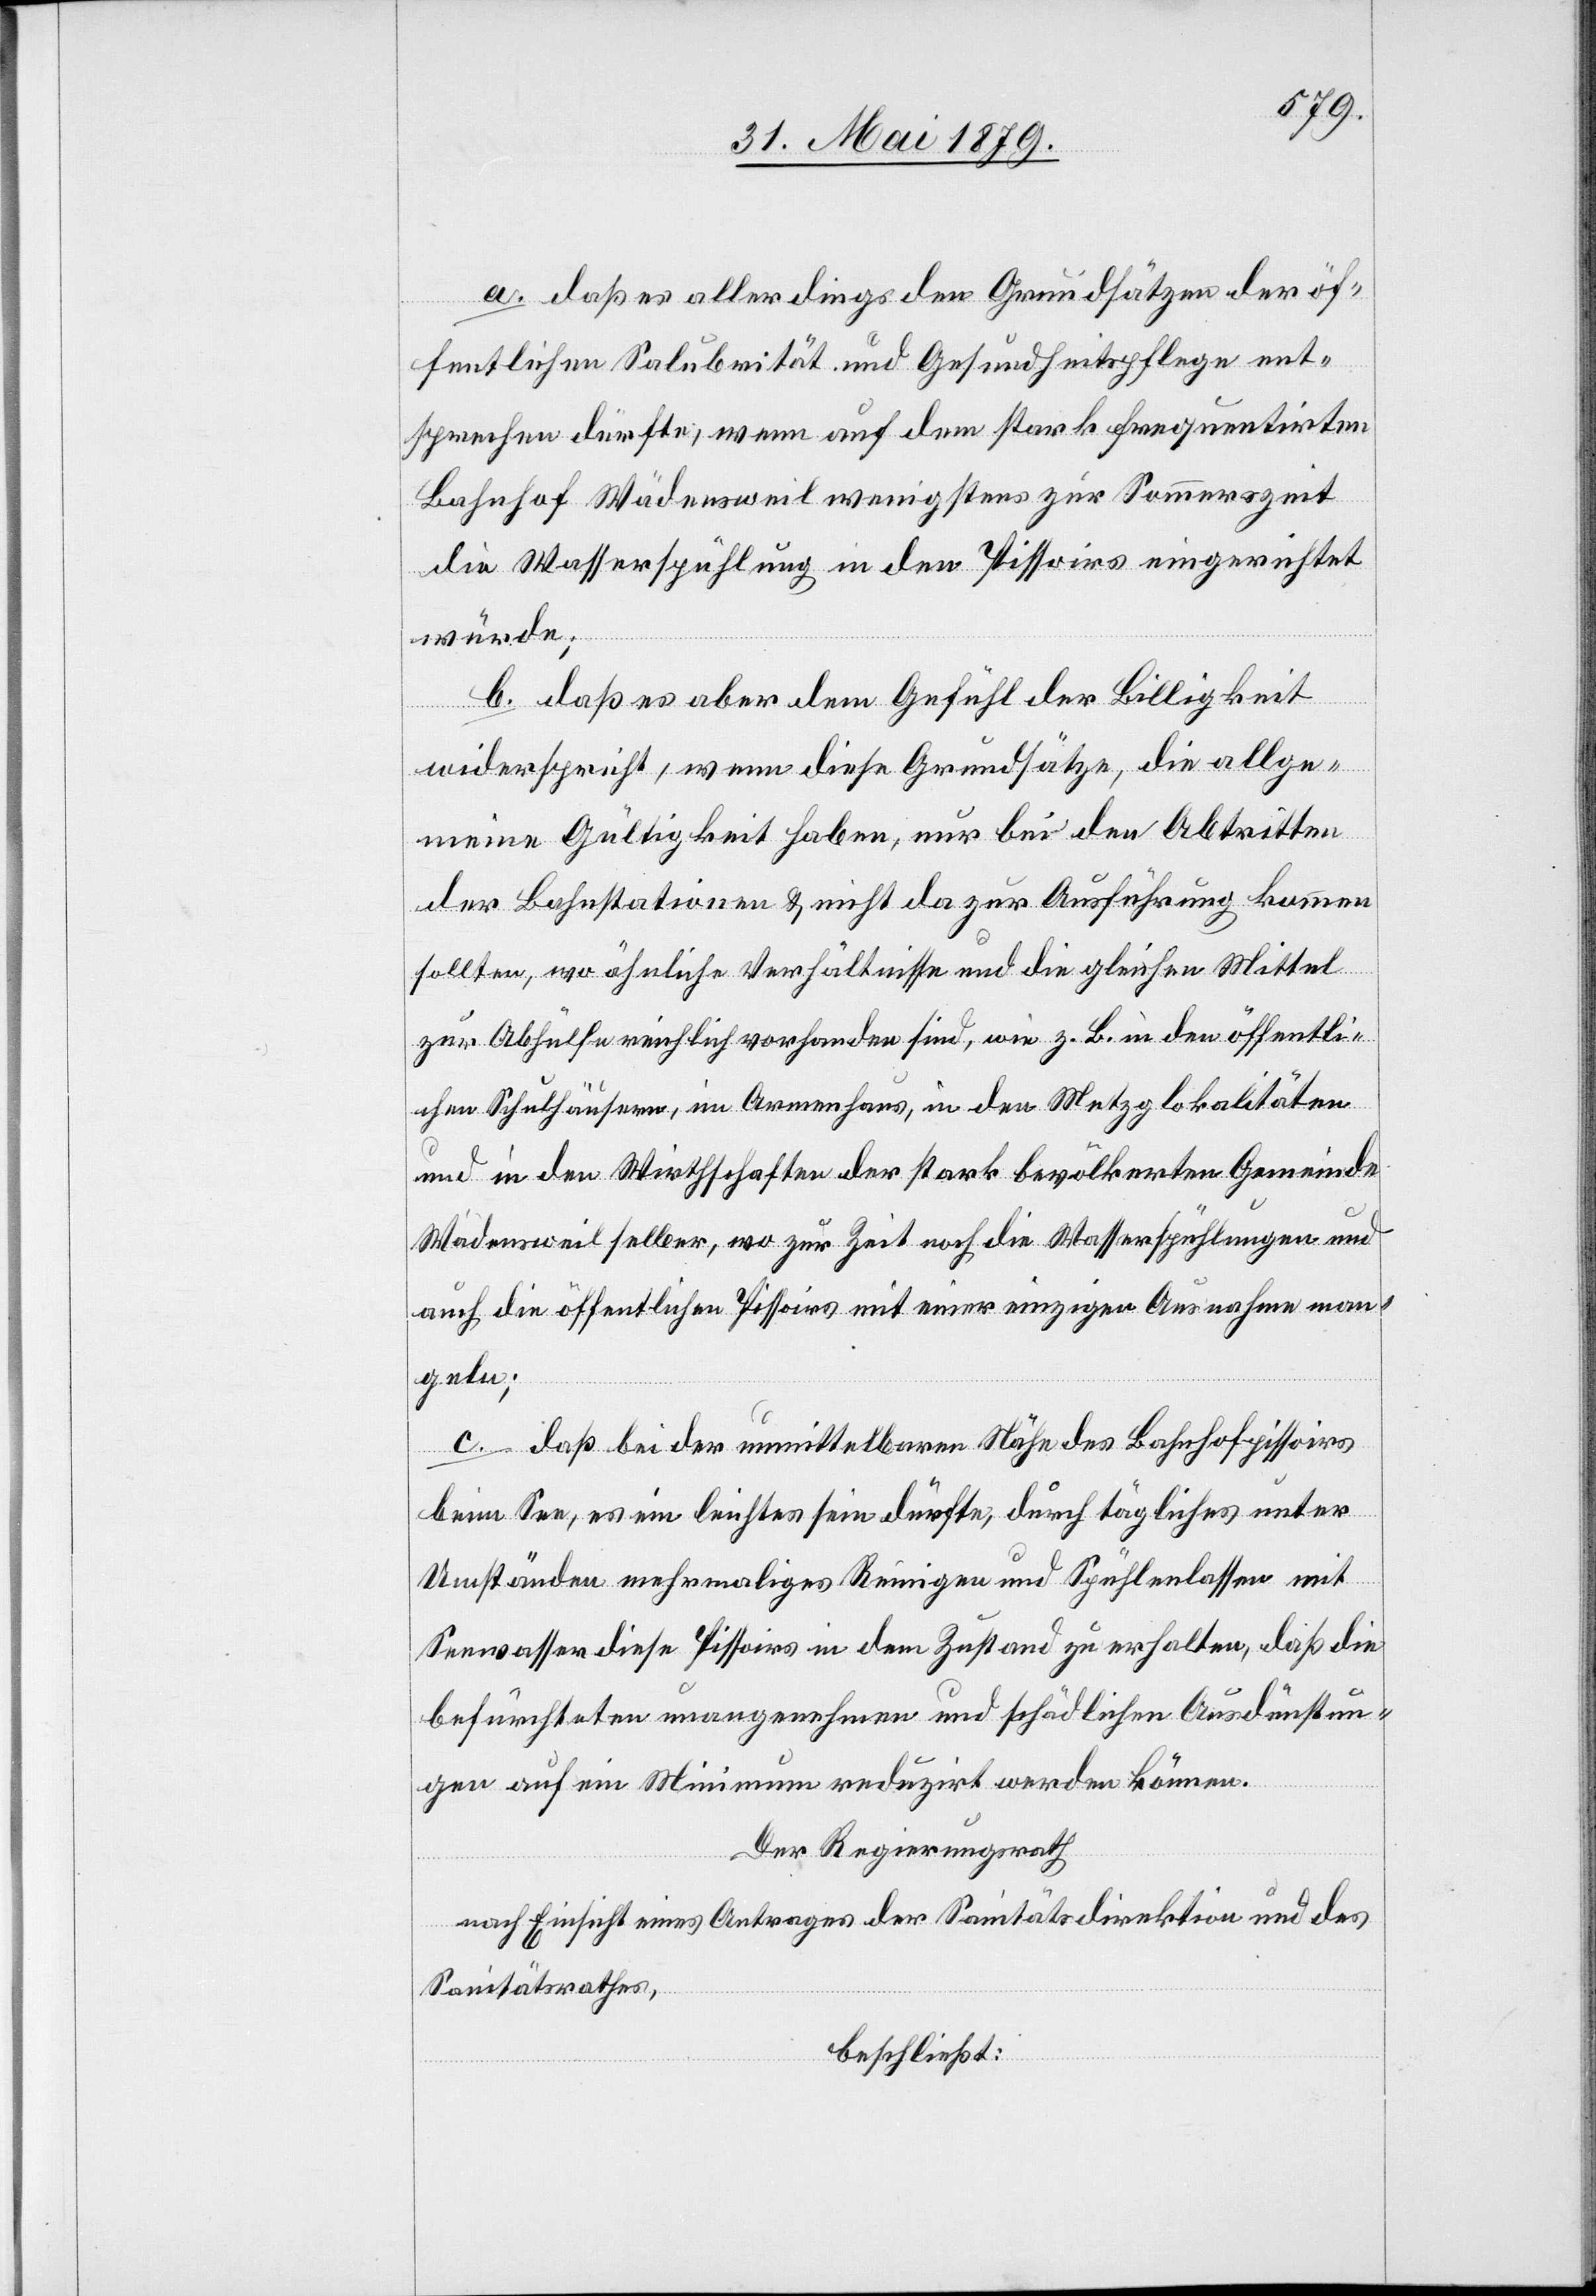
a. daß es allerdings den Grundsätzen der öf¬
fentlichen Salubrität und Gesundheitspflege ent¬
sprechen dürfte, wenn auf dem stark frequentirten
Bahnhof Wädensweil wenigstens zur Sommerszeit
die Wasserspühlung in den Pissoirs eingerichtet
würde;
b. daß es aber dem Gefühl der Billigkeit
widerspricht, wenn diese Grundsätze, die allge¬
meine Gültigkeit haben, nur bei den Abtritten
der Bahnstationen & nicht da zur Ausführung kommen
sollten, wo ähnliche Verhältnisse und die gleichen Mittel
zur Abhülfe reichlich vorhanden sind, wie z. B. in den öffentli¬
chen Schulhäusern, im Armenhaus, in den Metzglokalitäten
und in den Wirthschaften der stark bevölkerten Gemeinde
Wädensweil selber, wo zur Zeit die Wasserspühlungen und
auch die öffentlichen Pissoirs mit einer einzigen Ausnahme man¬
geln;
c. daß bei der unmittelbaren Nähe des Bahnhofpissoirs
beim See, es ein leichtes sein dürfte, durch tägliches unter
Umständen mehrmaliges Reinigen und Spühlenlassen mit
Seewasser diese Pissoirs in dem Zustand zu erhalten, daß die
befürchteten unangenehmen und schädlichen Ausdünstun¬
gen auf ein Minimum reduzirt werden können.
Der Regierungsrath
nach Einsicht eines Antrages der Sanitätsdirektion und des
Sanitätsrathes,
beschließt: